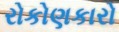
રોકોણકારો